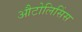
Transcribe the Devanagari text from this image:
औटोलिसिंस